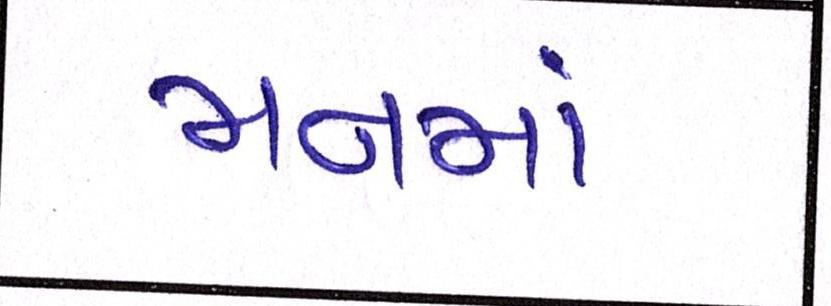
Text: મનમાં